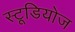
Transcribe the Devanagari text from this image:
स्‍टूडियोज